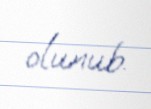
olunub.